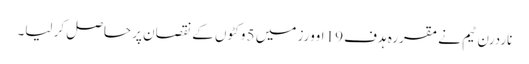
ناردرن ٹیم نے مقررہ ہدف 19 اوورز میں 5 وکٹوں کے نقصان پر حاصل کر لیا۔